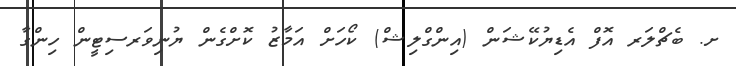
ށ. ބެޗްލަރ އޮފް އެޑިޔުކޭޝަން (އިންގްލިޝް) ކޯހަށް އަމާޒު ކޮށްގެން ޔުނިވަރސިޓީން ހިންގާ